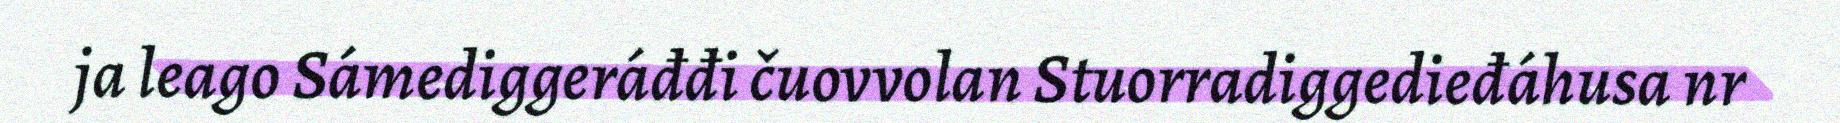
ja leago Sámediggeráđđi čuovvolan Stuorradiggedieđáhusa nr